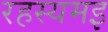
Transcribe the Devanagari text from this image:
रहस्यमइ